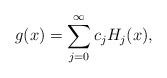
LaTeX: \begin{align*}g(x)=\sum_{j=0}^\infty c_j H_j(x),\end{align*}